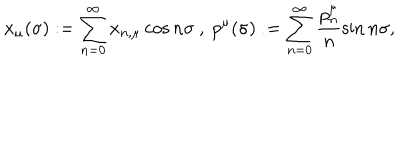
x _ { \mu } ( \sigma ) : = \sum _ { n = 0 } ^ { \infty } x _ { n , \mu } \cos { n \sigma } ~ , ~ p ^ { \mu } ( \sigma ) : = \sum _ { n = 0 } ^ { \infty } \frac { p _ { n } ^ { \mu } } { n } \sin { n \sigma } ,